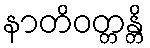
နာတိဝတ္တန္တိ